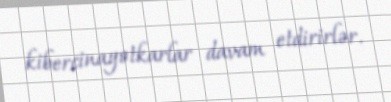
kibercinayətkarlar davam etdirirlər.